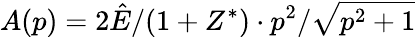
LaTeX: A(p)=2\hat{E}/(1+Z^{*})\cdot p^{2}/\sqrt{p^{2}+1}